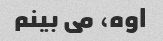
اوه، می بینم